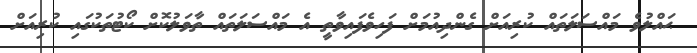
ޙައްލުވެ މައްސަލަތައް ކުރިއަށް ގެންދިއުމަށް ފަހިވެފައިވާތީ އެ މައްސަލަތައް ތާވަލުކޮށް ކޯޓުތަކުގައި ކުރިއަށް